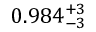
0 . 9 8 4 _ { - 3 } ^ { + 3 }